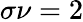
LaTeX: \sigma\nu=2